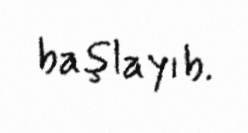
başlayıb.